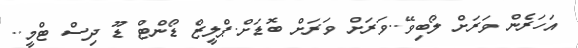
އަހަރެން ވަރަށް ލޯބިވޭ..ވަރަށް ވަރަށް ބޮޑަށް.ޕްލީޒް ޑޯންޓް ޑޫ ދިސް ޓްމީ..